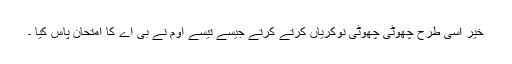
خیر اسی طرح چھوٹی چھوٹی نوکریاں کرتے کرتے جیسے تیسے اوم نے بی اے کا امتحان پاس کیا ۔